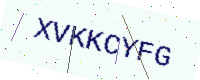
Text: XVKKCYFG